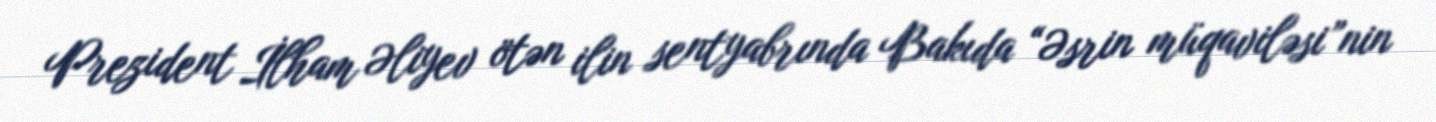
Prezident İlham Əliyev ötən ilin sentyabrında Bakıda “Əsrin müqaviləsi”nin